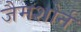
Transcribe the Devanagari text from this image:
जैमशोर्न